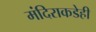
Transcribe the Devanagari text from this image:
मंदिराकडेही